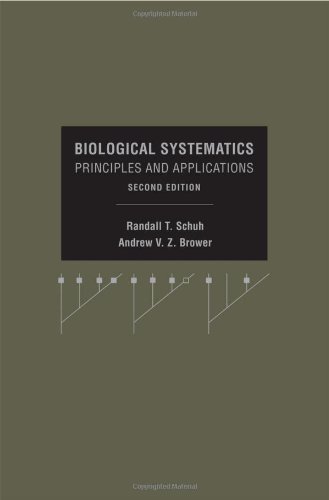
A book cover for Biological Systematics: Principles and Applications, 2nd Edition; Randall T. Schuh; Science & Math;